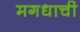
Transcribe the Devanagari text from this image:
मगधाची